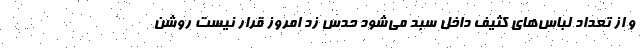
و از تعداد لباس‌های کثیف داخل سبد می‌شود حدس زد امروز قرار نیست روشن